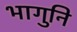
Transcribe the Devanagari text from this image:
भागुनि